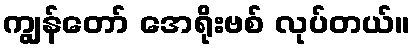
ကျွန်တော် အေရိုးဗစ် လုပ်တယ်။